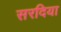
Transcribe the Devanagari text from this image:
सरदिया